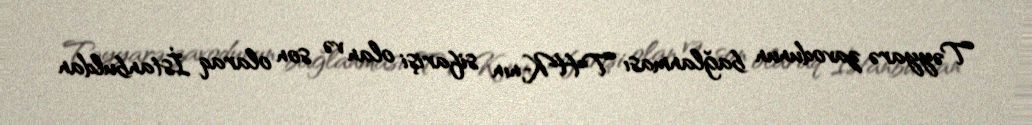
Təyyarə zavodunun bağlanması THK-nın sifarişi olan və son olaraq İstanbuldan